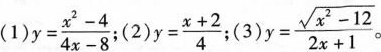
(1)$$y = \frac { x ^ { 2 } - 4 } { 4 x - 8 }$$ (2)$$y = \frac { x + 2 } { 4 }$$ (3)$$y = \frac { \sqrt { x^ { 2 } - 1 2 } } { 2 x + 1 }$$。